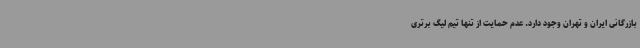
بازرگانی ایران و تهران وجود دارد. عدم حمایت از تنها تیم لیگ برتری